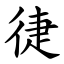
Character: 徢